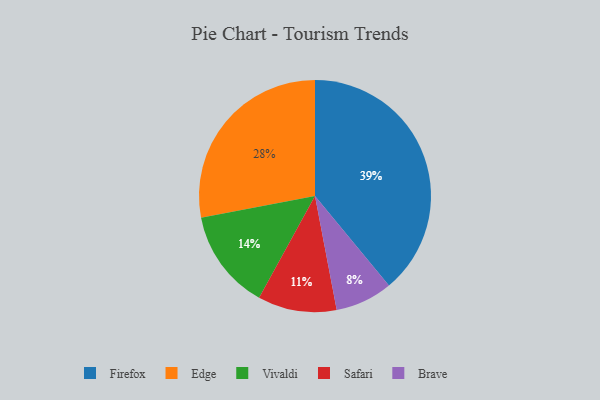
{"axis": {"x": "Category", "y": "Percentage"}, "legend": ["Brave", "Edge", "Firefox", "Safari", "Vivaldi"], "data": [{"x": "Safari", "y": 11, "type": "Safari"}, {"x": "Brave", "y": 8, "type": "Brave"}, {"x": "Firefox", "y": 39, "type": "Firefox"}, {"x": "Edge", "y": 28, "type": "Edge"}, {"x": "Vivaldi", "y": 14, "type": "Vivaldi"}]}